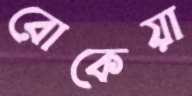
রোকেয়া